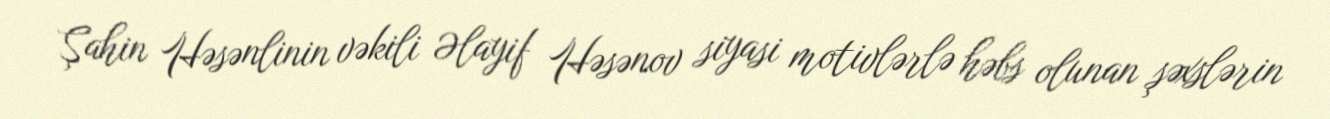
Şahin Həsənlinin vəkili Əlayif Həsənov siyasi motivlərlə həbs olunan şəxslərin